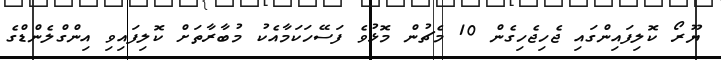
ޔޫރޯ ކޮލިފައިންގައި ޖެހިޖެހިގެން 10 މެޗުން މޮޅުވެ ފަސޭހަކަމާއެކު މުބާރާތަށް ކޮލިފައިވި އިންގްލެންޑްގެ